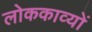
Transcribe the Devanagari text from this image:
लोककाव्यों